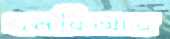
এমবিআর